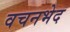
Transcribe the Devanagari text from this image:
वचनभेद